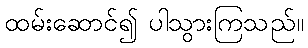
ထမ်းဆောင်၍ ပါသွားကြသည်။